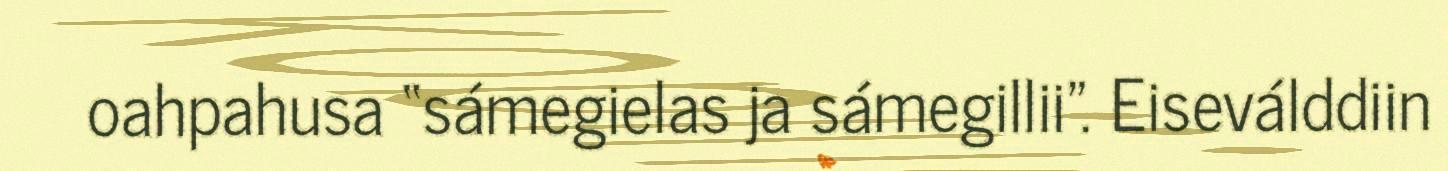
oahpahusa “sámegielas ja sámegillii". Eiseválddiin